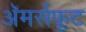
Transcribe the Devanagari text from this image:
अॅमर्सफूट